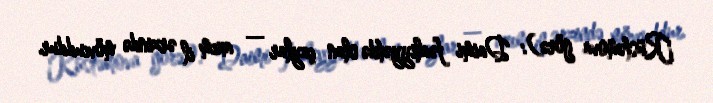
Rüstəmova görə): Daimi fəaliyyətdə olan çaylar — axım il ərzində mövcuddur.